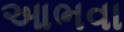
આભવા